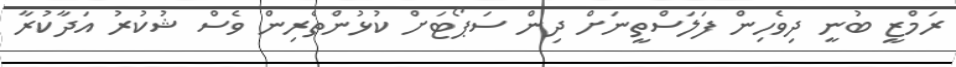
ރަމްޒީ ބުނީ ދިވެހިން ފަލަސްތީނަށް ދިން ސަޕޯޓަށް ކުޅުންތެރިން ވެސް ޝުކުރު އަދާކުރާ